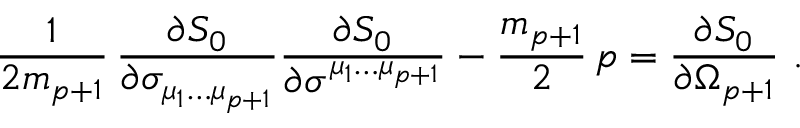
{ \frac { 1 } { 2 m _ { p + 1 } } } \, { \frac { \partial S _ { 0 } } { \partial \sigma _ { \mu _ { 1 } \dots \mu _ { p + 1 } } } } { \frac { \partial S _ { 0 } } { \partial \sigma ^ { \mu _ { 1 } \dots \mu _ { p + 1 } } } } - \frac { m _ { p + 1 } } { 2 } \, p = { \frac { \partial S _ { 0 } } { \partial \Omega _ { p + 1 } } } \ .